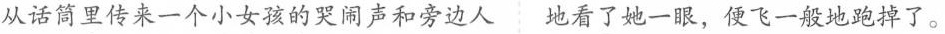
从话筒里传来一个小女孩的哭闹声和旁边人地看了她一眼，便飞一般地跑掉了。